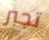
تجبر